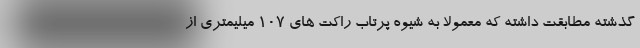
گذشته مطابقت داشته که معمولا به شیوه پرتاب راکت های 107 میلیمتری از